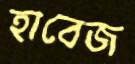
হাবেজ